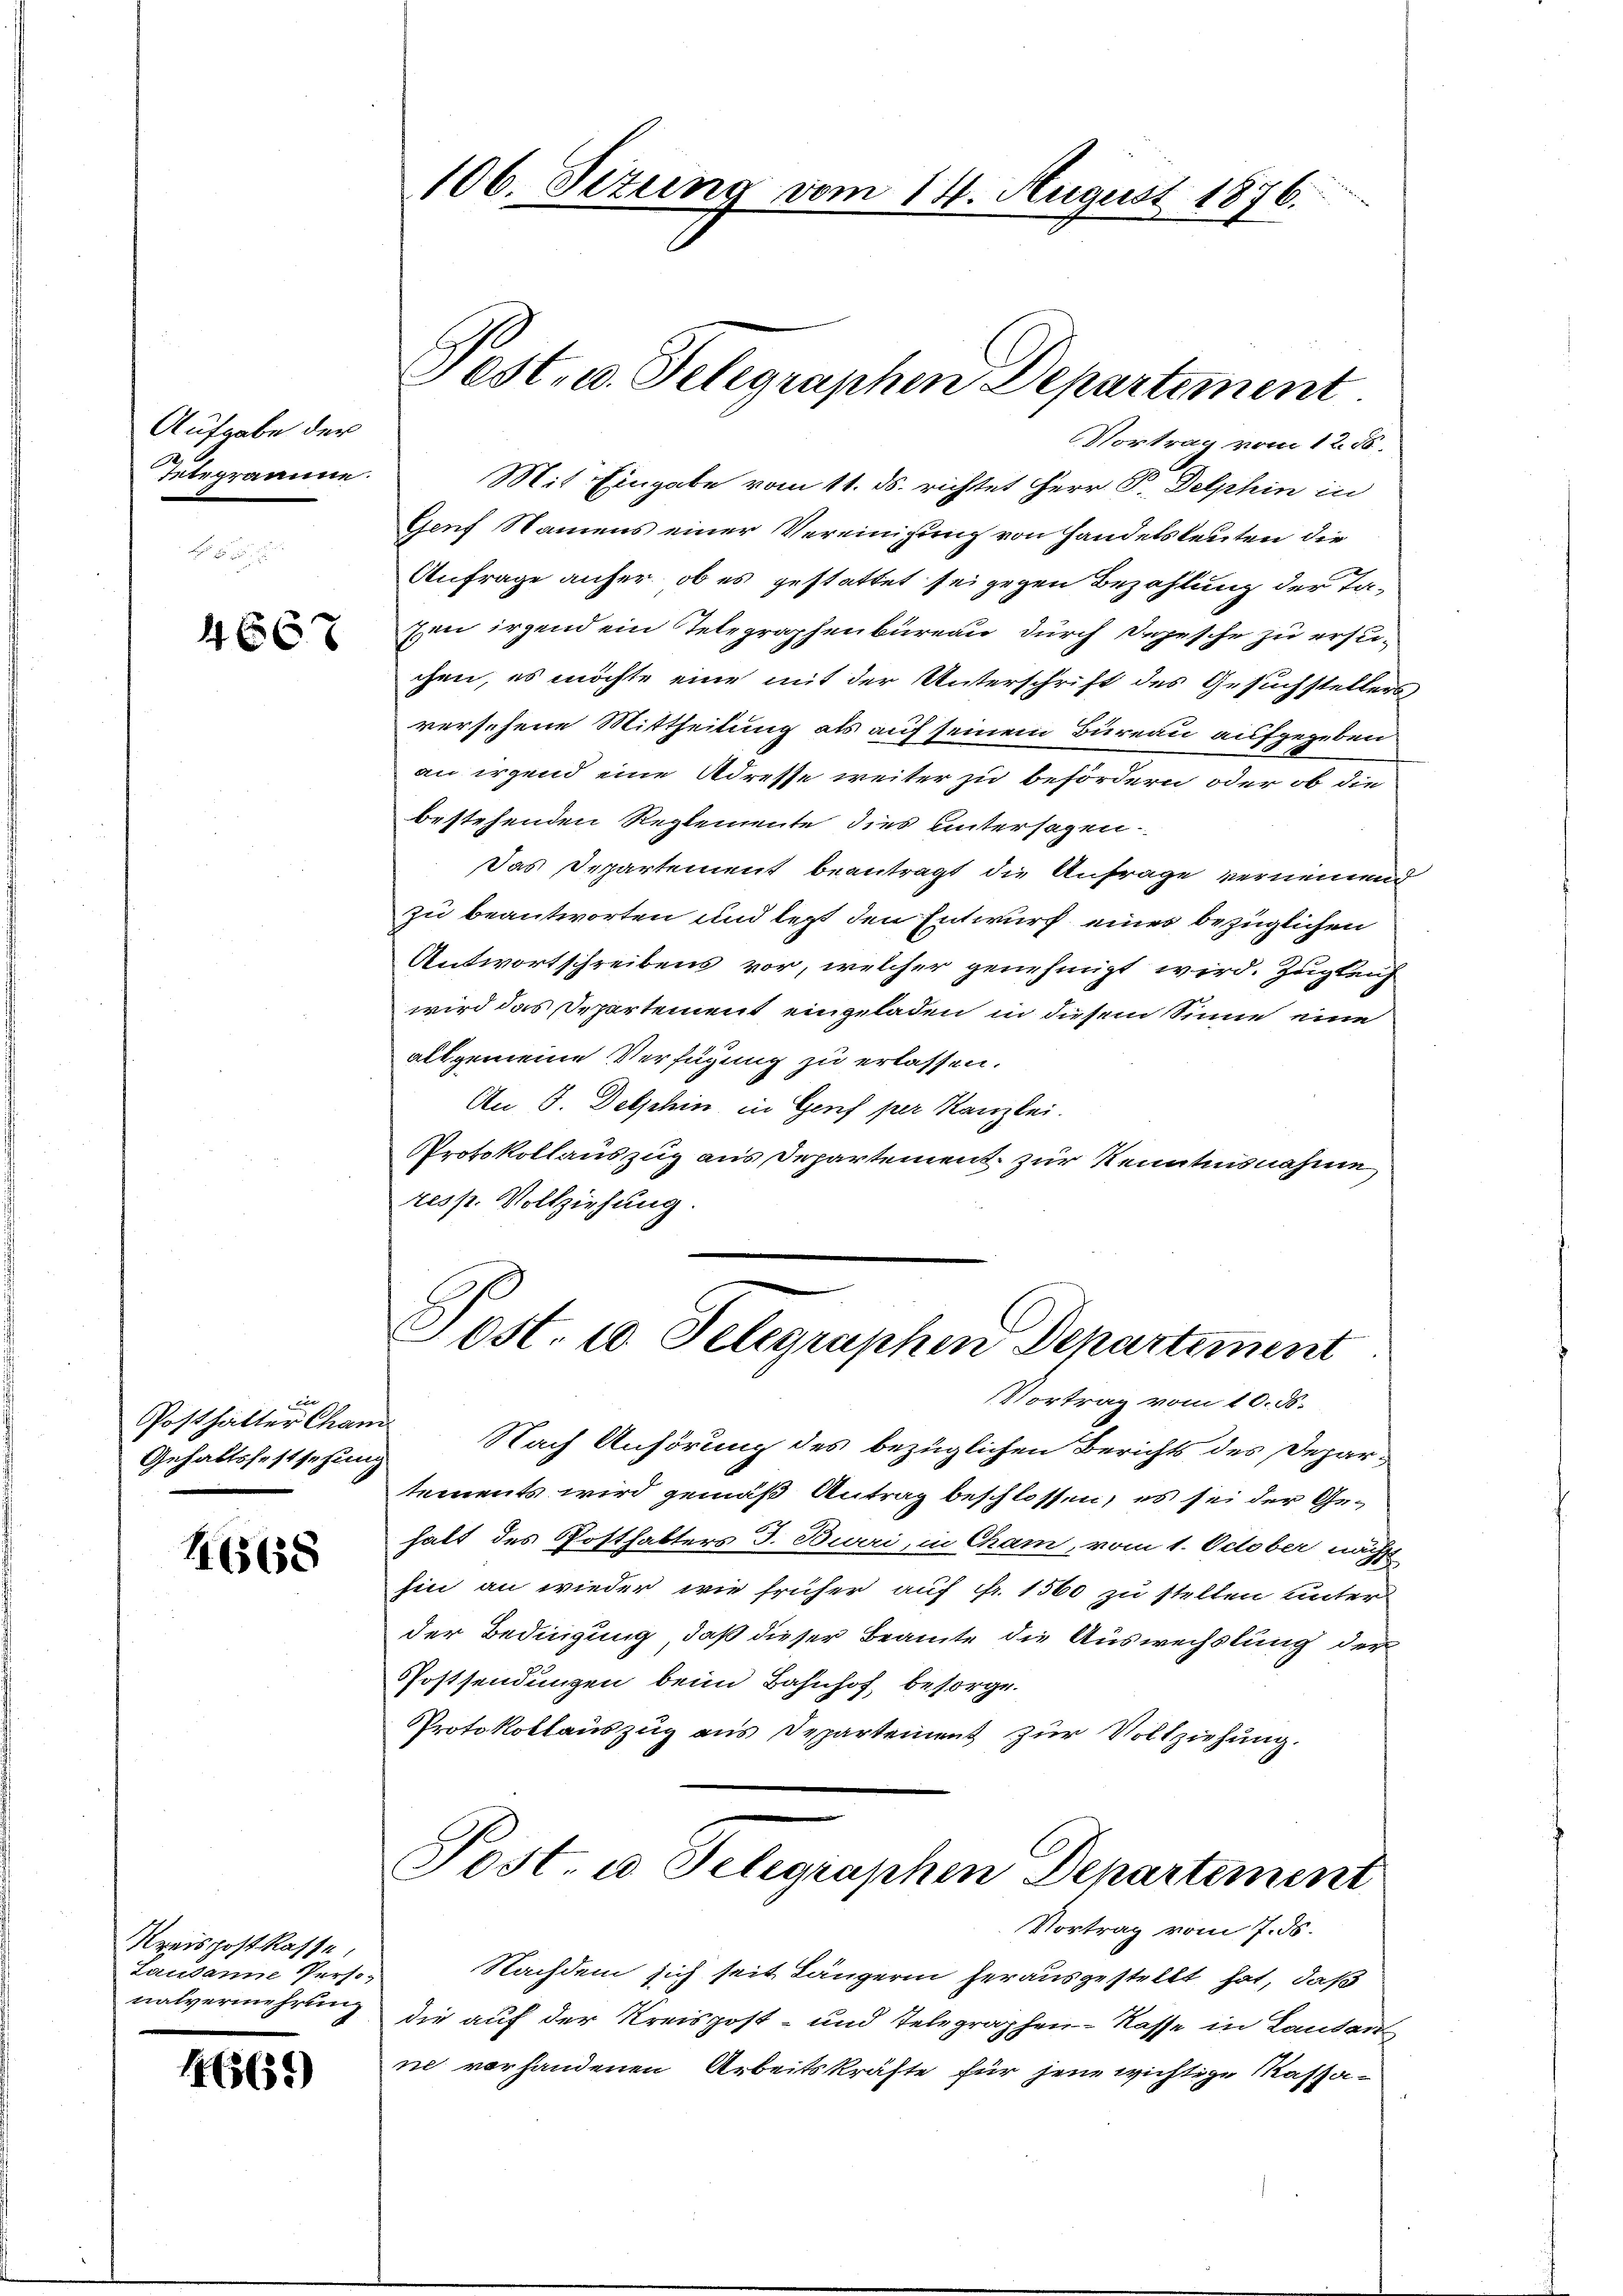
Aufgabe der
Tetrpraamme.

4667

ei
Gehaltsfestsehung

1668

Kreispostkasse,
Lausanne Perso-
nalvermehrung

146561)

Vortrag vom 12. 86.
Mit Eingabe vom 11. ds. richtet Herr P. Delphin in
Genf Namens einer Vereinigung von Handelsleuten die
Anfrage anfer, ob es gestattet sei gegen Bezahlung der Taen irgend ein Telegraphenbureau durch Depesche zu ersuchen, es möchte eine mit der Unterschrift des Gesuchstellers
versehene Mittheilung als auf seinem Bureau aufgegeben
an irgend eine Adresse weiter zu befördern oder ob die
bestehenden Reglemente dies untersagen.
Das Departement beantragt die Anfrage vernennend
zu beantworten und lezt den Entwurf eines bezüglichen
Antwortschreibens vor, welcher genehmigt wird. Zugleich
wird das Departement eingeladen in diesem Sinne eine
allgemeine Verfügung zu erlassen.
An 5. Delphin, in Genf per Kanzlei.
Protokollauszug aus Departement zur Kenntnisnahme
resp. Vollziehung.

106. Sizung vom 14. August 1876.

Fest. u. Telegraphen Departement

Post. 10. Telegraphen Departement
Vortrag vom 10. d.

Posthalter Cham Nach Anhörung des bezüglichen Berichts des Departements wird gemäß Antrag beschlossen, es sei der Gehalt des Posthalters J. Burri, in Cham, vom 1. October nächst
hin an wieder wie früher auf fr. 1560 zu stellen unter
der Bedingung, daß dieser Beamte die Auswechslung der
Postsendungen beim Bahnhof besorge.
Protokollauszug aus Departement zur Vollziehung.

Post- u Telegraphen Departement

Vortrag vom 7. ds.
Nachdem sich seit Längerin herausgestellt hat, daß
die auf der Kreispost- und Telegraphen-Kasse in Landans
ic vorhandenen Arbeitskräfte für jene wichtige Kassa¬